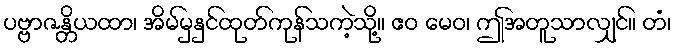
ပဗ္ဗာဇန္တိယထာ၊ အိမ်မှနှင်ထုတ်ကုန်သကဲ့သို့။ ဧဝ မေဝ၊ ဤအတူသာလျှင်။ တံ၊